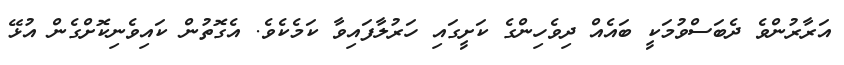
އަރާރުންވެ ދެބަސްވުމަކީ ބައެއް ދިވެހިންގެ ކަށީގައި ހަރުލާފައިވާ ކަމެކެވެ. އެގޮތުން ކައިވެނިކޮށްގެން އުޅޭ